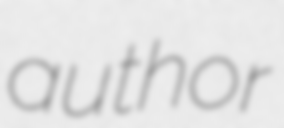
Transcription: author